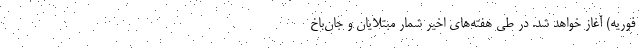
فوریه) آغاز خواهد شد. در طی هفته‌های اخیر شمار مبتلایان و جان‌باخ